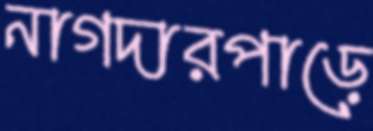
নাগদারপাড়ে